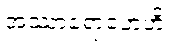
အဿာရောဟေဟိ